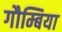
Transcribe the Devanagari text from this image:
गौम्बिया